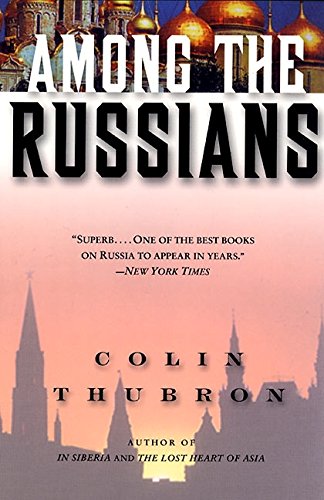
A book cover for Among the Russians; Colin Thubron; Travel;